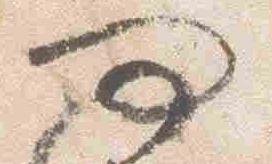
問